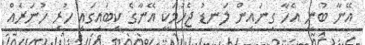
އޭނާ ބުނީ އެހާ ގިނައިން ލަނޑު ޖެހުމަކީ އޭނާގެ ކިބައިގައި ހުރި ހުނަރެއް